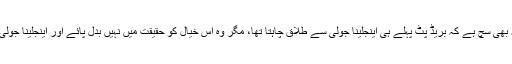
آین ہیلن نے بتایا کہ یہ بھی سچ ہے کہ بریڈ پٹ پہلے ہی اینجلینا جولی سے طلاق چاہتا تھا، مگر وہ اس خیال کو حقیقت میں نہیں بدل پائے اور اینجلینا جولی نے یہ کام کر دکھایا۔